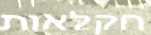
חקלאות